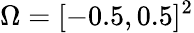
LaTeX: \Omega=[-0.5,0.5]^{2}